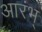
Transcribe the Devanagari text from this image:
आरंभ्